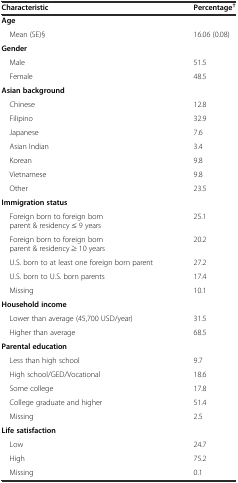
| Characteristic | Percentage† |
 | --- | --- |
 | Age |  |
 | Mean (SE)§ | 16.06 (0.08) |
 | Gender |  |
 | Male | 51.5 |
 | Female | 48.5 |
 | Asian background |  |
 | Chinese | 12.8 |
 | Filipino | 32.9 |
 | Japanese | 7.6 |
 | Asian Indian | 3.4 |
 | Korean | 9.8 |
 | Vietnamese | 9.8 |
 | Other | 23.5 |
 | Immigration status |  |
 | Foreign born to foreign born parent & residency ≤ 9 years | 25.1 |
 | Foreign born to foreign born parent & residency ≥ 10 years | 20.2 |
 | U.S. born to at least one foreign born parent | 27.2 |
 | U.S. born to U.S. born parents | 17.4 |
 | Missing | 10.1 |
 | Household income |  |
 | Lower than average (45,700 USD/year) | 31.5 |
 | Higher than average | 68.5 |
 | Parental education |  |
 | Less than high school | 9.7 |
 | High school/GED/Vocational | 18.6 |
 | Some college | 17.8 |
 | College graduate and higher | 51.4 |
 | Missing | 2.5 |
 | Life satisfaction |  |
 | Low | 24.7 |
 | High | 75.2 |
 | Missing | 0.1 |